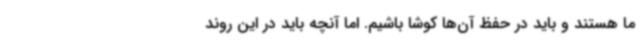
ما هستند و باید در حفظ آن‌ها کوشا باشیم. اما آنچه باید در این روند